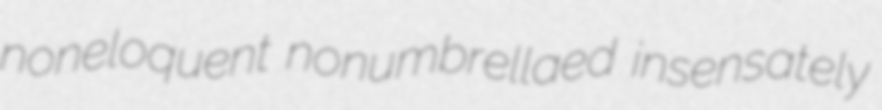
noneloquent nonumbrellaed insensately